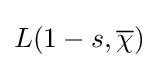
L(1-s,{\overline {\chi }})